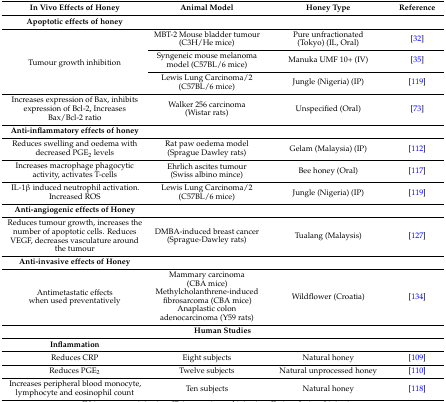
<table><thead><tr><td><b>In Vivo Effects of Honey</b></td><td><b>Animal Model</b></td><td><b>Honey Type</b></td><td><b>Reference</b></td></tr></thead><tbody><tr><td><b>Apoptotic effects of honey</b></td><td>[EMPTY_CELL]</td><td>[EMPTY_CELL]</td><td>[EMPTY_CELL]</td></tr><tr><td rowspan="3">Tumour growth inhibition</td><td>MBT-2 Mouse bladder tumour (C3H/He mice)</td><td>Pure unfractionated (Tokyo) (IL, Oral)</td><td>[32]</td></tr><tr><td>Syngeneic mouse melanoma model (C57BL/6 mice)</td><td>Manuka UMF 10+ (IV)</td><td>[35]</td></tr><tr><td>Lewis Lung Carcinoma/2 (C57BL/6 mice)</td><td>Jungle (Nigeria) (IP)</td><td>[119]</td></tr><tr><td>Increases expression of Bax, inhibits expression of Bcl-2, Increases Bax/Bcl-2 ratio</td><td>Walker 256 carcinoma (Wistar rats)</td><td>Unspecified (Oral)</td><td>[73]</td></tr><tr><td><b>Anti-inflammatory effects of honey</b></td><td>[EMPTY_CELL]</td><td>[EMPTY_CELL]</td><td>[EMPTY_CELL]</td></tr><tr><td>Reduces swelling and oedema with decreased PGE<sub>2</sub> levels</td><td>Rat paw oedema model (Sprague Dawley rats)</td><td>Gelam (Malaysia) (IP)</td><td>[112]</td></tr><tr><td>Increases macrophage phagocytic activity, activates T-cells</td><td>Ehrlich ascites tumour (Swiss albino mince)</td><td>Bee honey (Oral)</td><td>[117]</td></tr><tr><td>IL-1β induced neutrophil activation. Increased ROS</td><td>Lewis Lung Carcinoma/2 (C57BL/6 mice)</td><td>Jungle (Nigeria) (IP)</td><td>[119]</td></tr><tr><td><b>Anti-angiogenic effects of Honey</b></td><td>[EMPTY_CELL]</td><td>[EMPTY_CELL]</td><td>[EMPTY_CELL]</td></tr><tr><td>Reduces tumour growth, increases the number of apoptotic cells. Reduces VEGF, decreases vasculature around the tumour</td><td>DMBA-induced breast cancer (Sprague-Dawley rats)</td><td>Tualang (Malaysis)</td><td>[127]</td></tr><tr><td><b>Anti-invasive effects of Honey</b></td><td>[EMPTY_CELL]</td><td>[EMPTY_CELL]</td><td>[EMPTY_CELL]</td></tr><tr><td>Antimetastatic effects when used preventatively</td><td>Mammary carcinoma (CBA mice)Methylcholanthrene-induced fibrosarcoma (CBA mice)Anaplastic colon adenocarcinoma (Y59 rats)</td><td>Wildflower (Croatia)</td><td>[134]</td></tr><tr><td colspan="4"><b>Human Studies</b></td></tr><tr><td><b>Inflammation</b></td><td>[EMPTY_CELL]</td><td>[EMPTY_CELL]</td><td>[EMPTY_CELL]</td></tr><tr><td>Reduces CRP</td><td>Eight subjects</td><td>Natural honey</td><td>[109]</td></tr><tr><td>Reduces PGE<sub>2</sub></td><td>Twelve subjects</td><td>Natural unprocessed honey</td><td>[110]</td></tr><tr><td>Increases peripheral blood monocyte, lymphocyte and eosinophil count</td><td>Ten subjects</td><td>Natural honey</td><td>[118]</td></tr></tbody></table>